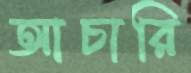
আচারি